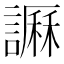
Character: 𧬎